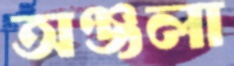
অঞ্জলা